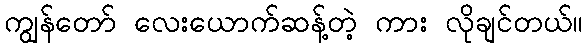
ကျွန်တော် လေးယောက်ဆန့်တဲ့ ကား လိုချင်တယ်။